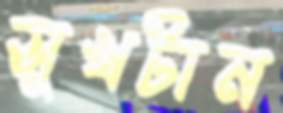
সুখটান